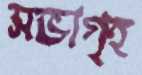
সভাগৃহ